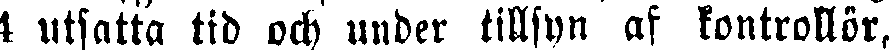
4 utsatta tid och under tillsyn af kontrollör,